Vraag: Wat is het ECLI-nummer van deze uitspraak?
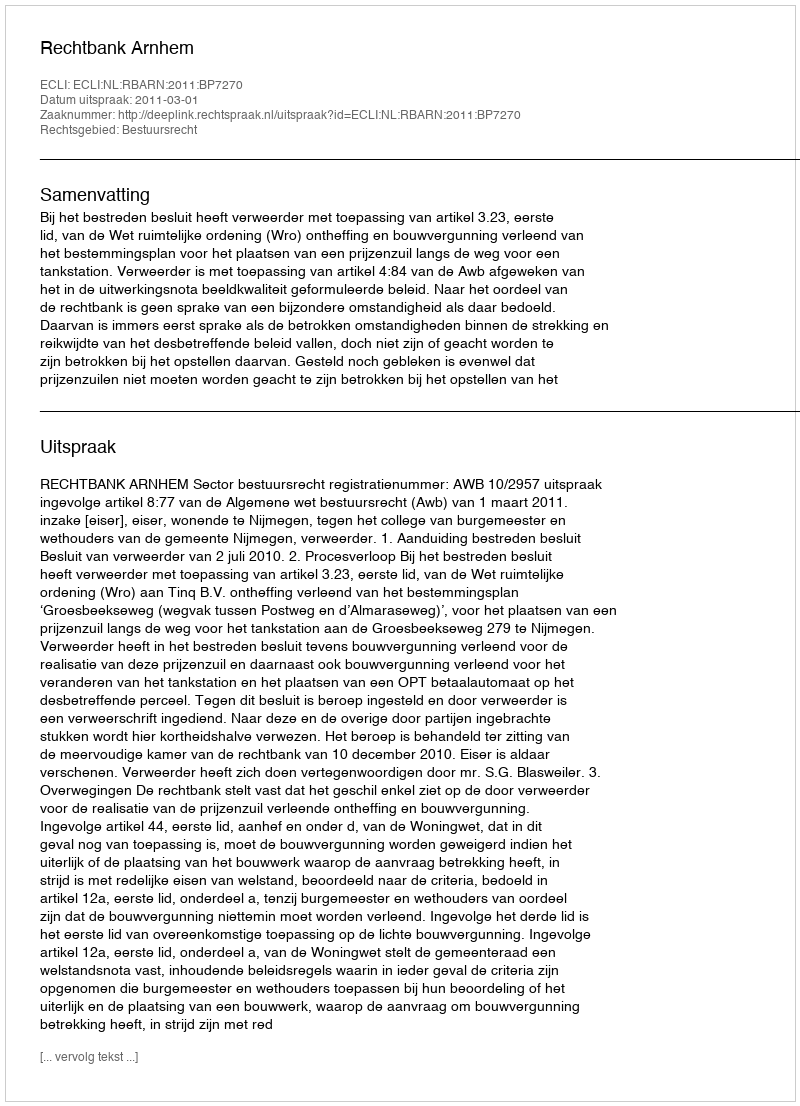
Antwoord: ECLI:NL:RBARN:2011:BP7270